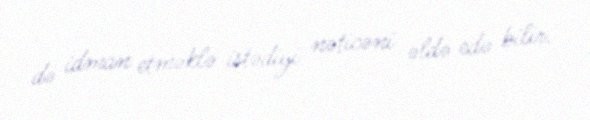
də idman etməklə istədiyi nəticəni əldə edə bilir.